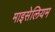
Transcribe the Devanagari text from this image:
माइसेलियम